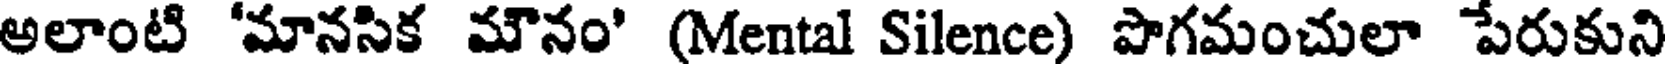
అలాంటి 'మానసిక మౌనం' (Mental Silence) పొగమంచులా పేరుకుని